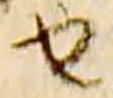
由